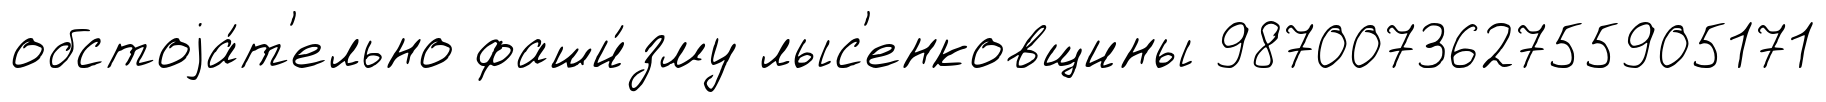
обстоjа́т'ельно фаши́зму лыс'енковщины 987007362755905171